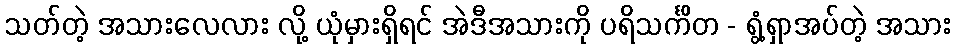
သတ်တဲ့ အသားလေလား လို့ ယုံမှားရှိရင် အဲဒီအသားကို ပရိသင်္ကိတ - ရွံ့ရှာအပ်တဲ့ အသား